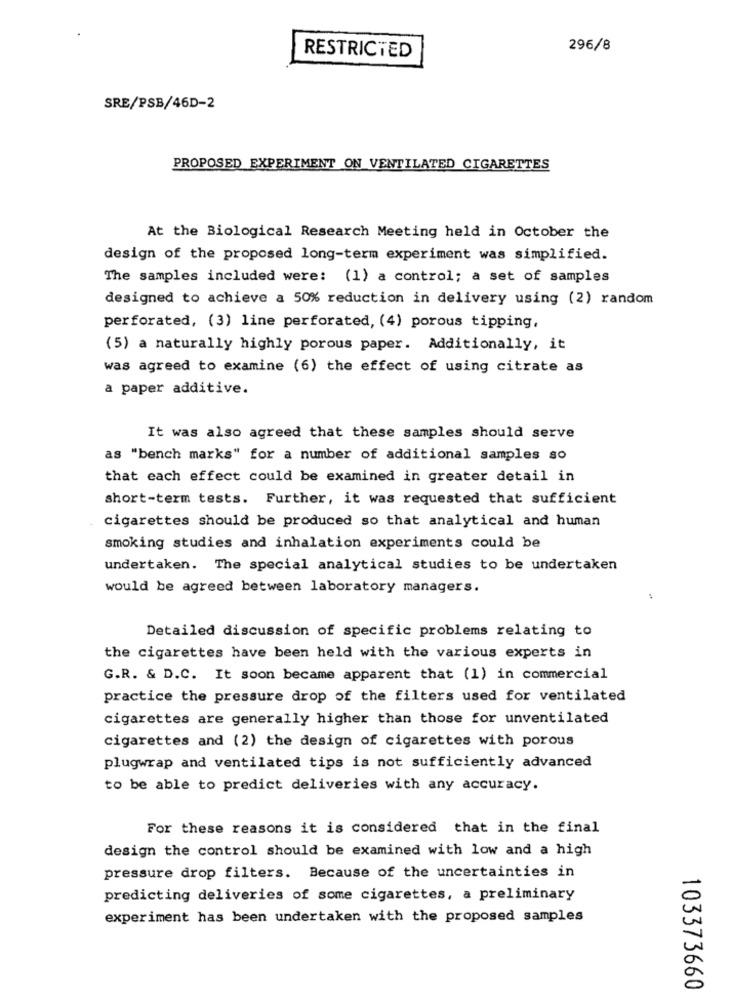
296/8
RESTRICTED
SRE/PSB/46D-2
PROPOSED EXPERIMENT ON VENTILATED CIGARETTES
At the Biological Research Meeting held in October the
design of the proposed long-term experiment was simplified.
The samples included were: (1) a control; a set of samples
designed to achieve a 50% reduction in delivery using (2) random
perforated, (3) line perforated, (4) porous tipping,
(5) a naturally highly porous paper. Additionally, it
was agreed to examine (6) the effect of using citrate as
a paper additive.
It was also agreed that these samples should serve
as "bench marks" for a number of additional samples so
that each effect could be examined in greater detail in
short-term tests. Further, it was requested that sufficient
cigarettes should be produced so that analytical and human
smoking studies and inhalation experiments could be
undertaken. The special analytical studies to be undertaken
would be agreed between laboratory managers.
:
Detailed discussion of specific problems relating to
the cigarettes have been held with the various experts in
G.R. & D.C. It soon became apparent that (1) in commercial
practice the pressure drop of the filters used for ventilated
cigarettes are generally higher than those for unventilated
cigarettes and (2) the design of cigarettes with porous
plugwrap and ventilated tips is not sufficiently advanced
to be able to predict deliveries with any accuracy.
For these reasons it is considered that in the final
design the control should be examined with low and a high
pressure drop filters. Because of the uncertainties in
predicting deliveries of some cigarettes, a preliminary
experiment has been undertaken with the proposed samples
103373660